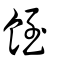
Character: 䬹